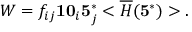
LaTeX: W = f _ { i j } { \bf 1 0 } _ { i } { \bf 5 } _ { j } ^ { * } < \overline { { { H } } } ( { \bf 5 } ^ { * } ) > .